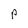
Character: P